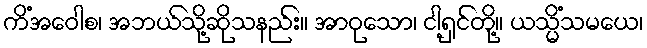
ကိံအဝေါစ၊ အဘယ်သို့ဆိုသနည်း။ အာဝုသော၊ ငါ့ရှင်တို့။ ယသ္မိံသမယေ၊